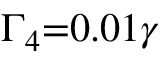
{ \Gamma _ { 4 } } \mathrm { { = } } 0 . 0 1 \gamma